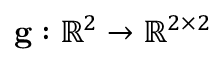
\mathbf { g } : \mathbb R ^ { 2 } \to \mathbb R ^ { 2 \times 2 }